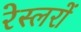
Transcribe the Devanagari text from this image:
रेस्लरों